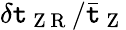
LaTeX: \delta\mathtt{t}_{\mathrm{{~Z~R~}}}/\bar{{\mathtt{t}}}_{\mathrm{{~Z~}}}